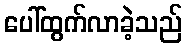
ပေါ်ထွက်လာခဲ့သည်